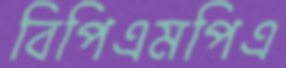
বিপিএমপিএ